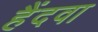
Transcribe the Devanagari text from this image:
हैंदवा